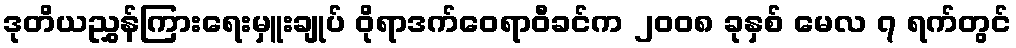
ဒုတိယညွှန်ကြားရေးမှူးချုပ် ဝိုရာဒက်ဝေရာဝီခင်က ၂၀၀၈ ခုနှစ် မေလ ၇ ရက်တွင်